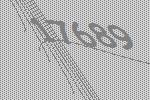
17689